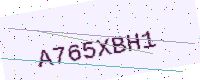
Text: A765XBH1